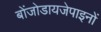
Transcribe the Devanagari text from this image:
बोंजोडायजेपाइनों